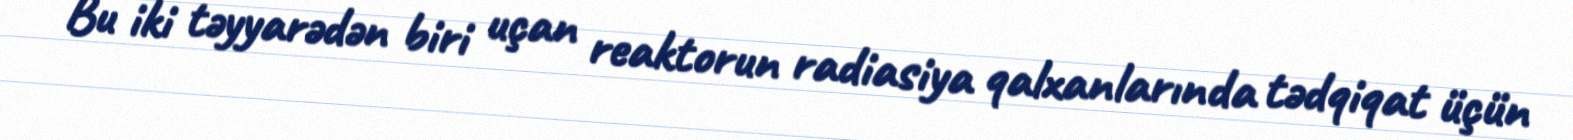
Bu iki təyyarədən biri uçan reaktorun radiasiya qalxanlarında tədqiqat üçün